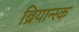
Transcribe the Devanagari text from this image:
ब्रियान्स्क